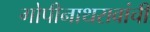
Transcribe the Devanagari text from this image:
गोपीनाथरावांची